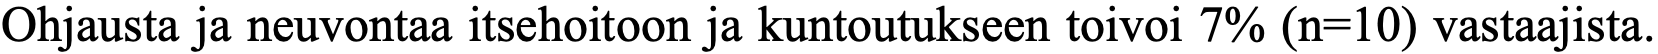
Ohjausta ja neuvontaa itsehoitoon ja kuntoutukseen toivoi 7% (n=10) vastaajista.